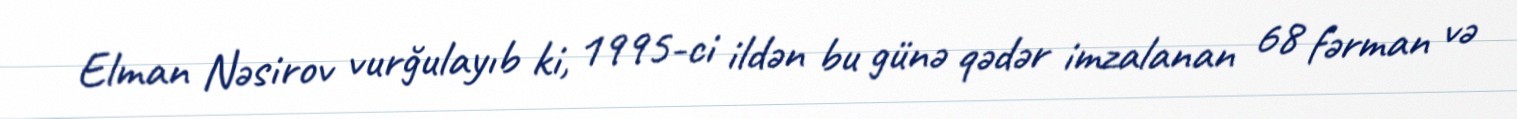
Elman Nəsirov vurğulayıb ki, 1995-ci ildən bu günə qədər imzalanan 68 fərman və